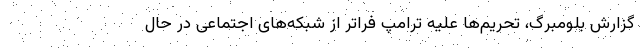
گزارش بلومبرگ، تحریم‌ها علیه ترامپ فراتر از شبکه‌های اجتماعی در حال